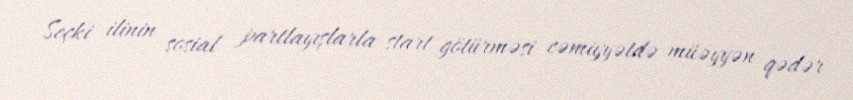
Seçki ilinin sosial partlayışlarla start götürməsi cəmiyyətdə müəyyən qədər